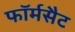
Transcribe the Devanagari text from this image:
फॉर्मसैट